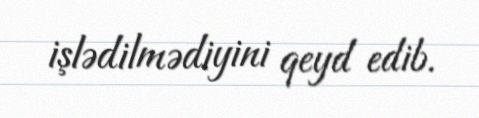
işlədilmədiyini qeyd edib.